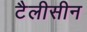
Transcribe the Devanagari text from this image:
टैलीसीन